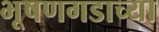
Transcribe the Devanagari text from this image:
भूषणगडाच्या